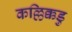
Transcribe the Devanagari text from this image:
कल्लिक्कडु